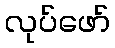
လုပ်ဖော်